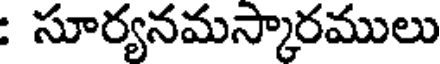
: సూర్యనమస్కారములు